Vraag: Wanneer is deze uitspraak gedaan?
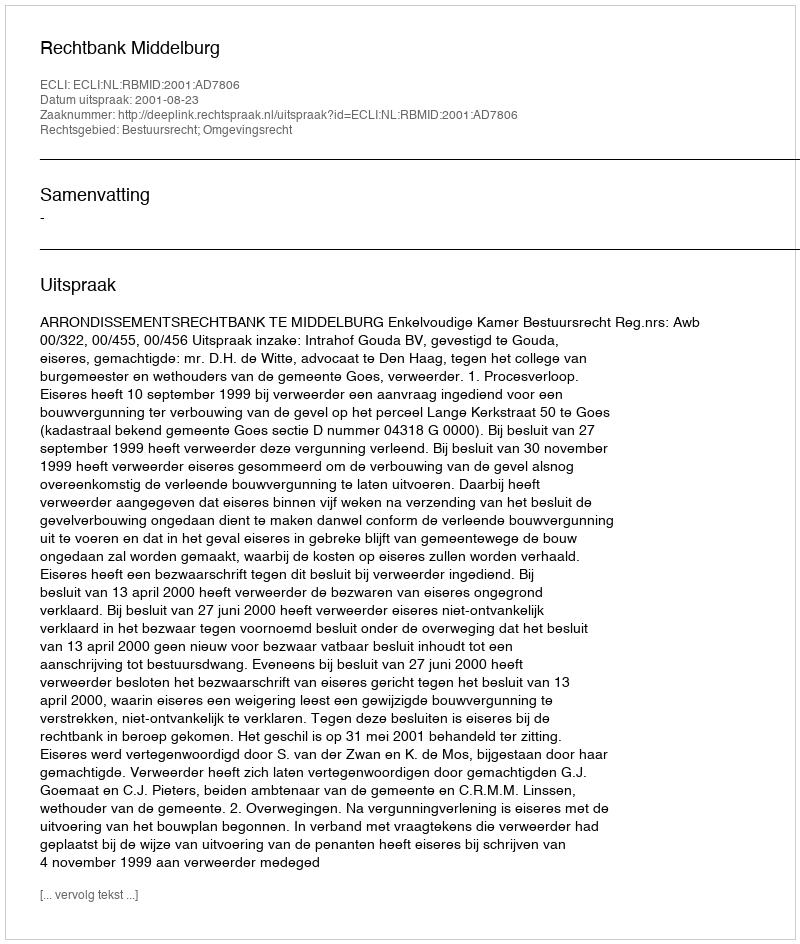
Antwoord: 2001-08-23